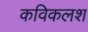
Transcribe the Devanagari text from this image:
कविकलश